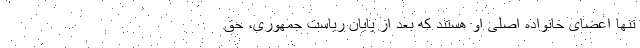
تنها اعضای خانواده اصلی او هستند که بعد از پایان ریاست جمهوری، حق